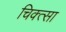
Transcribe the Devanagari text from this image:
चिक्त्सा